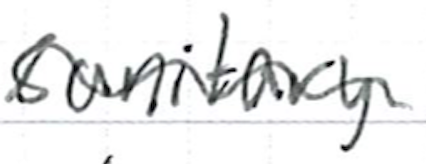
Text: sanitary
Cross-out: mix
Writing tool: ballpoint